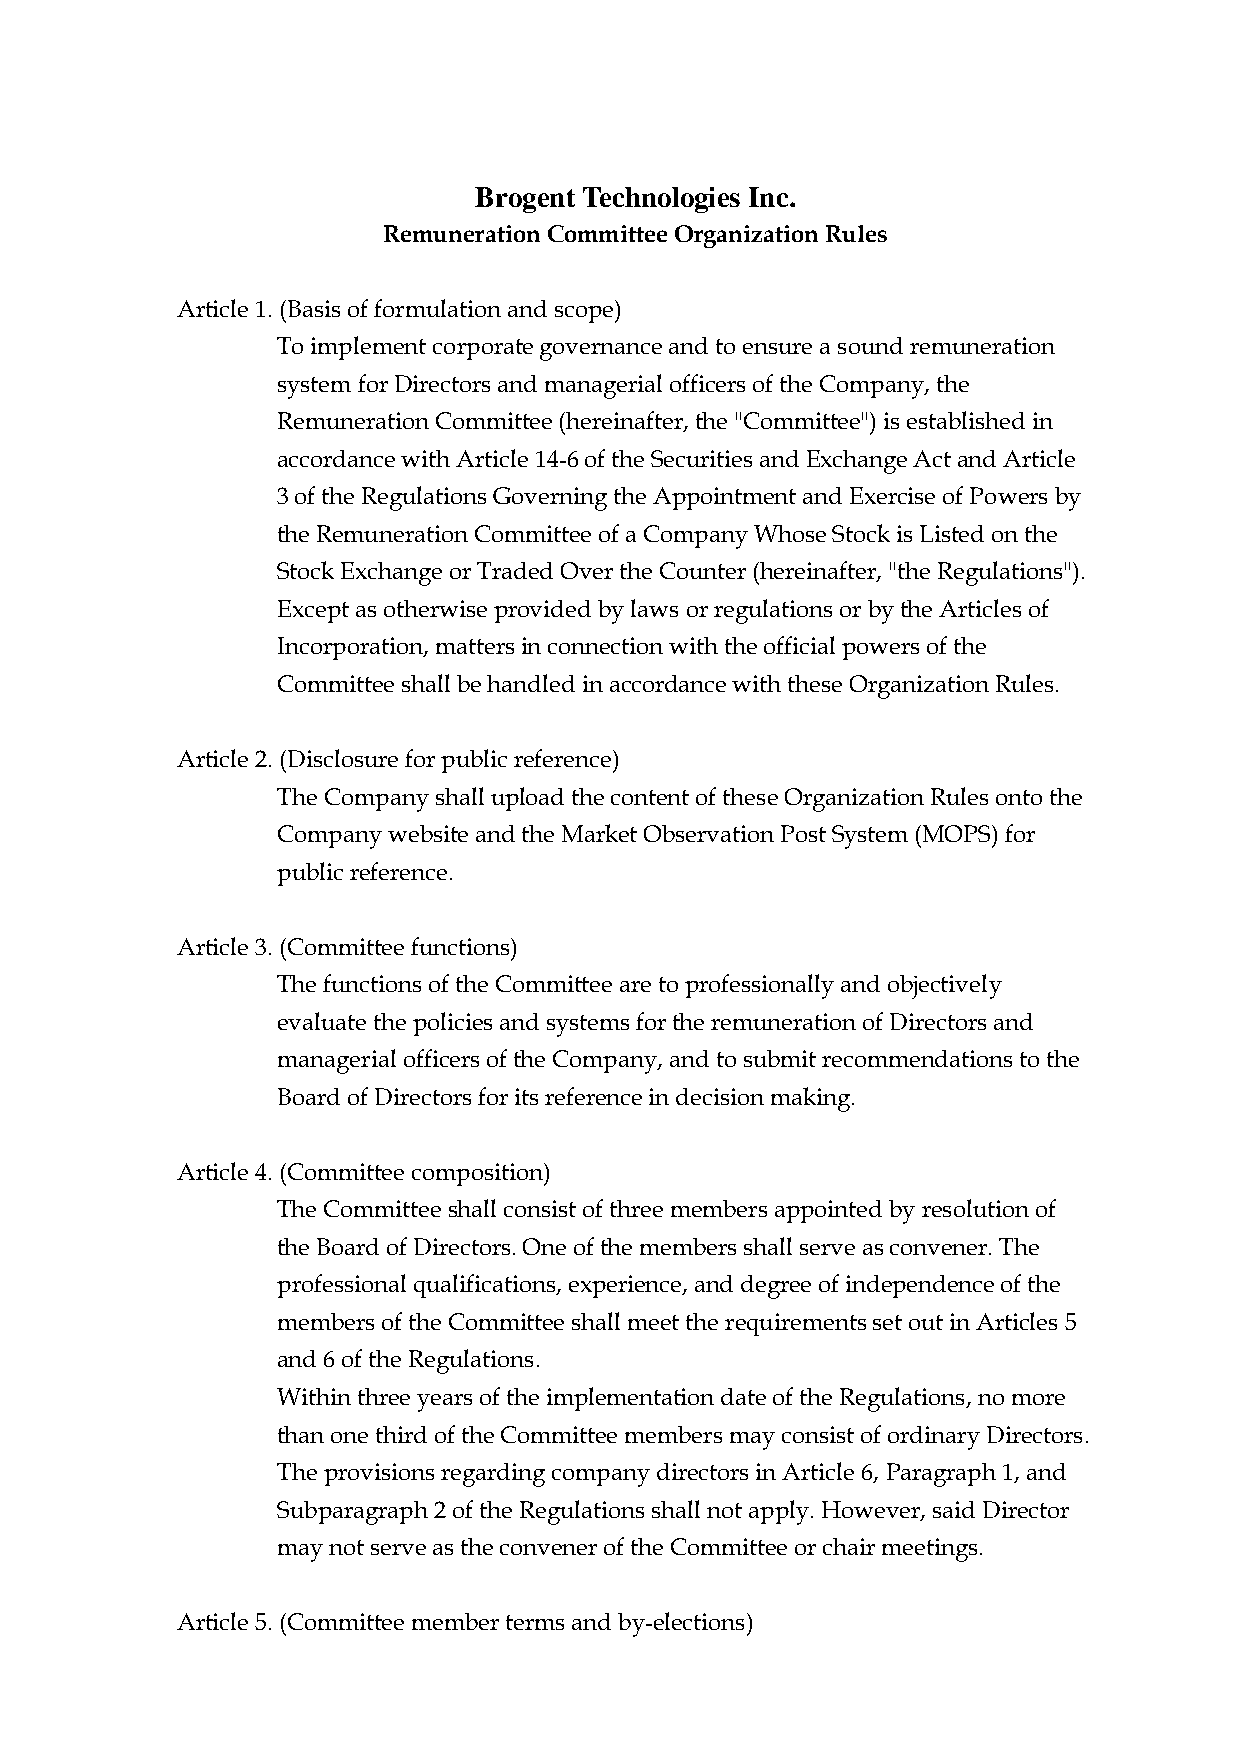
Brogent Technologies Inc.
 Remuneration Committee Organization Rules
 Article 1. (Basis of formulation and scope)
 To implement corporate governance and to ensure a sound remuneration
 system for Directors and managerial officers of the Company, the
 Remuneration Committee (hereinafter, the "Committee") is established in
 accordance with Article 14-6 of the Securities and Exchange Act and Article
 3 of the Regulations Governing the Appointment and Exercise of Powers by
 the Remuneration Committee of a Company Whose Stock is Listed on the
 Stock Exchange or Traded Over the Counter (hereinafter, "the Regulations").
 Except as otherwise provided by laws or regulations or by the Articles of
 Incorporation, matters in connection with the official powers of the
 Committee shall be handled in accordance with these Organization Rules.
 Article 2. (Disclosure for public reference)
 The Company shall upload the content of these Organization Rules onto the
 Company website and the Market Observation Post System (MOPS) for
 public reference.
 Article 3. (Committee functions)
 The functions of the Committee are to professionally and objectively
 evaluate the policies and systems for the remuneration of Directors and
 managerial officers of the Company, and to submit recommendations to the
 Board of Directors for its reference in decision making.
 Article 4. (Committee composition)
 The Committee shall consist of three members appointed by resolution of
 the Board of Directors. One of the members shall serve as convener. The
 professional qualifications, experience, and degree of independence of the
 members of the Committee shall meet the requirements set out in Articles 5
 and 6 of the Regulations.
 Within three years of the implementation date of the Regulations, no more
 than one third of the Committee members may consist of ordinary Directors.
 The provisions regarding company directors in Article 6, Paragraph 1, and
 Subparagraph 2 of the Regulations shall not apply. However, said Director
 may not serve as the convener of the Committee or chair meetings.
 Article 5. (Committee member terms and by-elections)